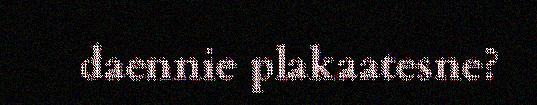
daennie plakaatesne?